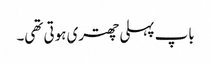
باپ پہلی چھتری ہوتی تھی۔